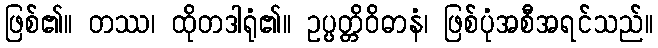
ဖြစ်၏။ တဿ၊ ထိုတဒါရုံ၏။ ဥပ္ပတ္တိဝိဓာနံ၊ ဖြစ်ပုံအစီအရင်သည်။